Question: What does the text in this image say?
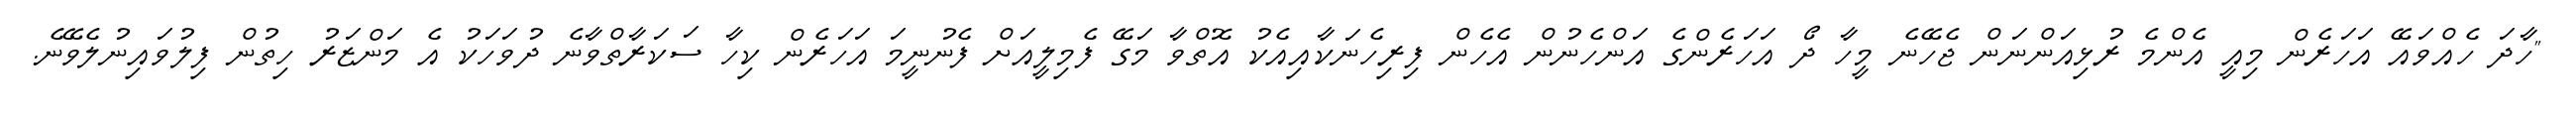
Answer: "ހާދަ ހެއްވައޭ އަހަރެން މިއީ އެންމެ ރުޅިއަންނަން ޖެހޭނެ މީހާ ދޯ އަހަރެންގެ އަންހެނުން އެހެން ފިރިހެނަކާއިއެކު އޮތްވާ މަގޭ ފެމިލީއަށް ފެނުނީމަ އަހަރެން ކިހާ ސަކަރާތްވާނެ ދުވަހަކު އެ މަންޒަރު ހިތުން ފިލުވައިނުލެވޭނެ.